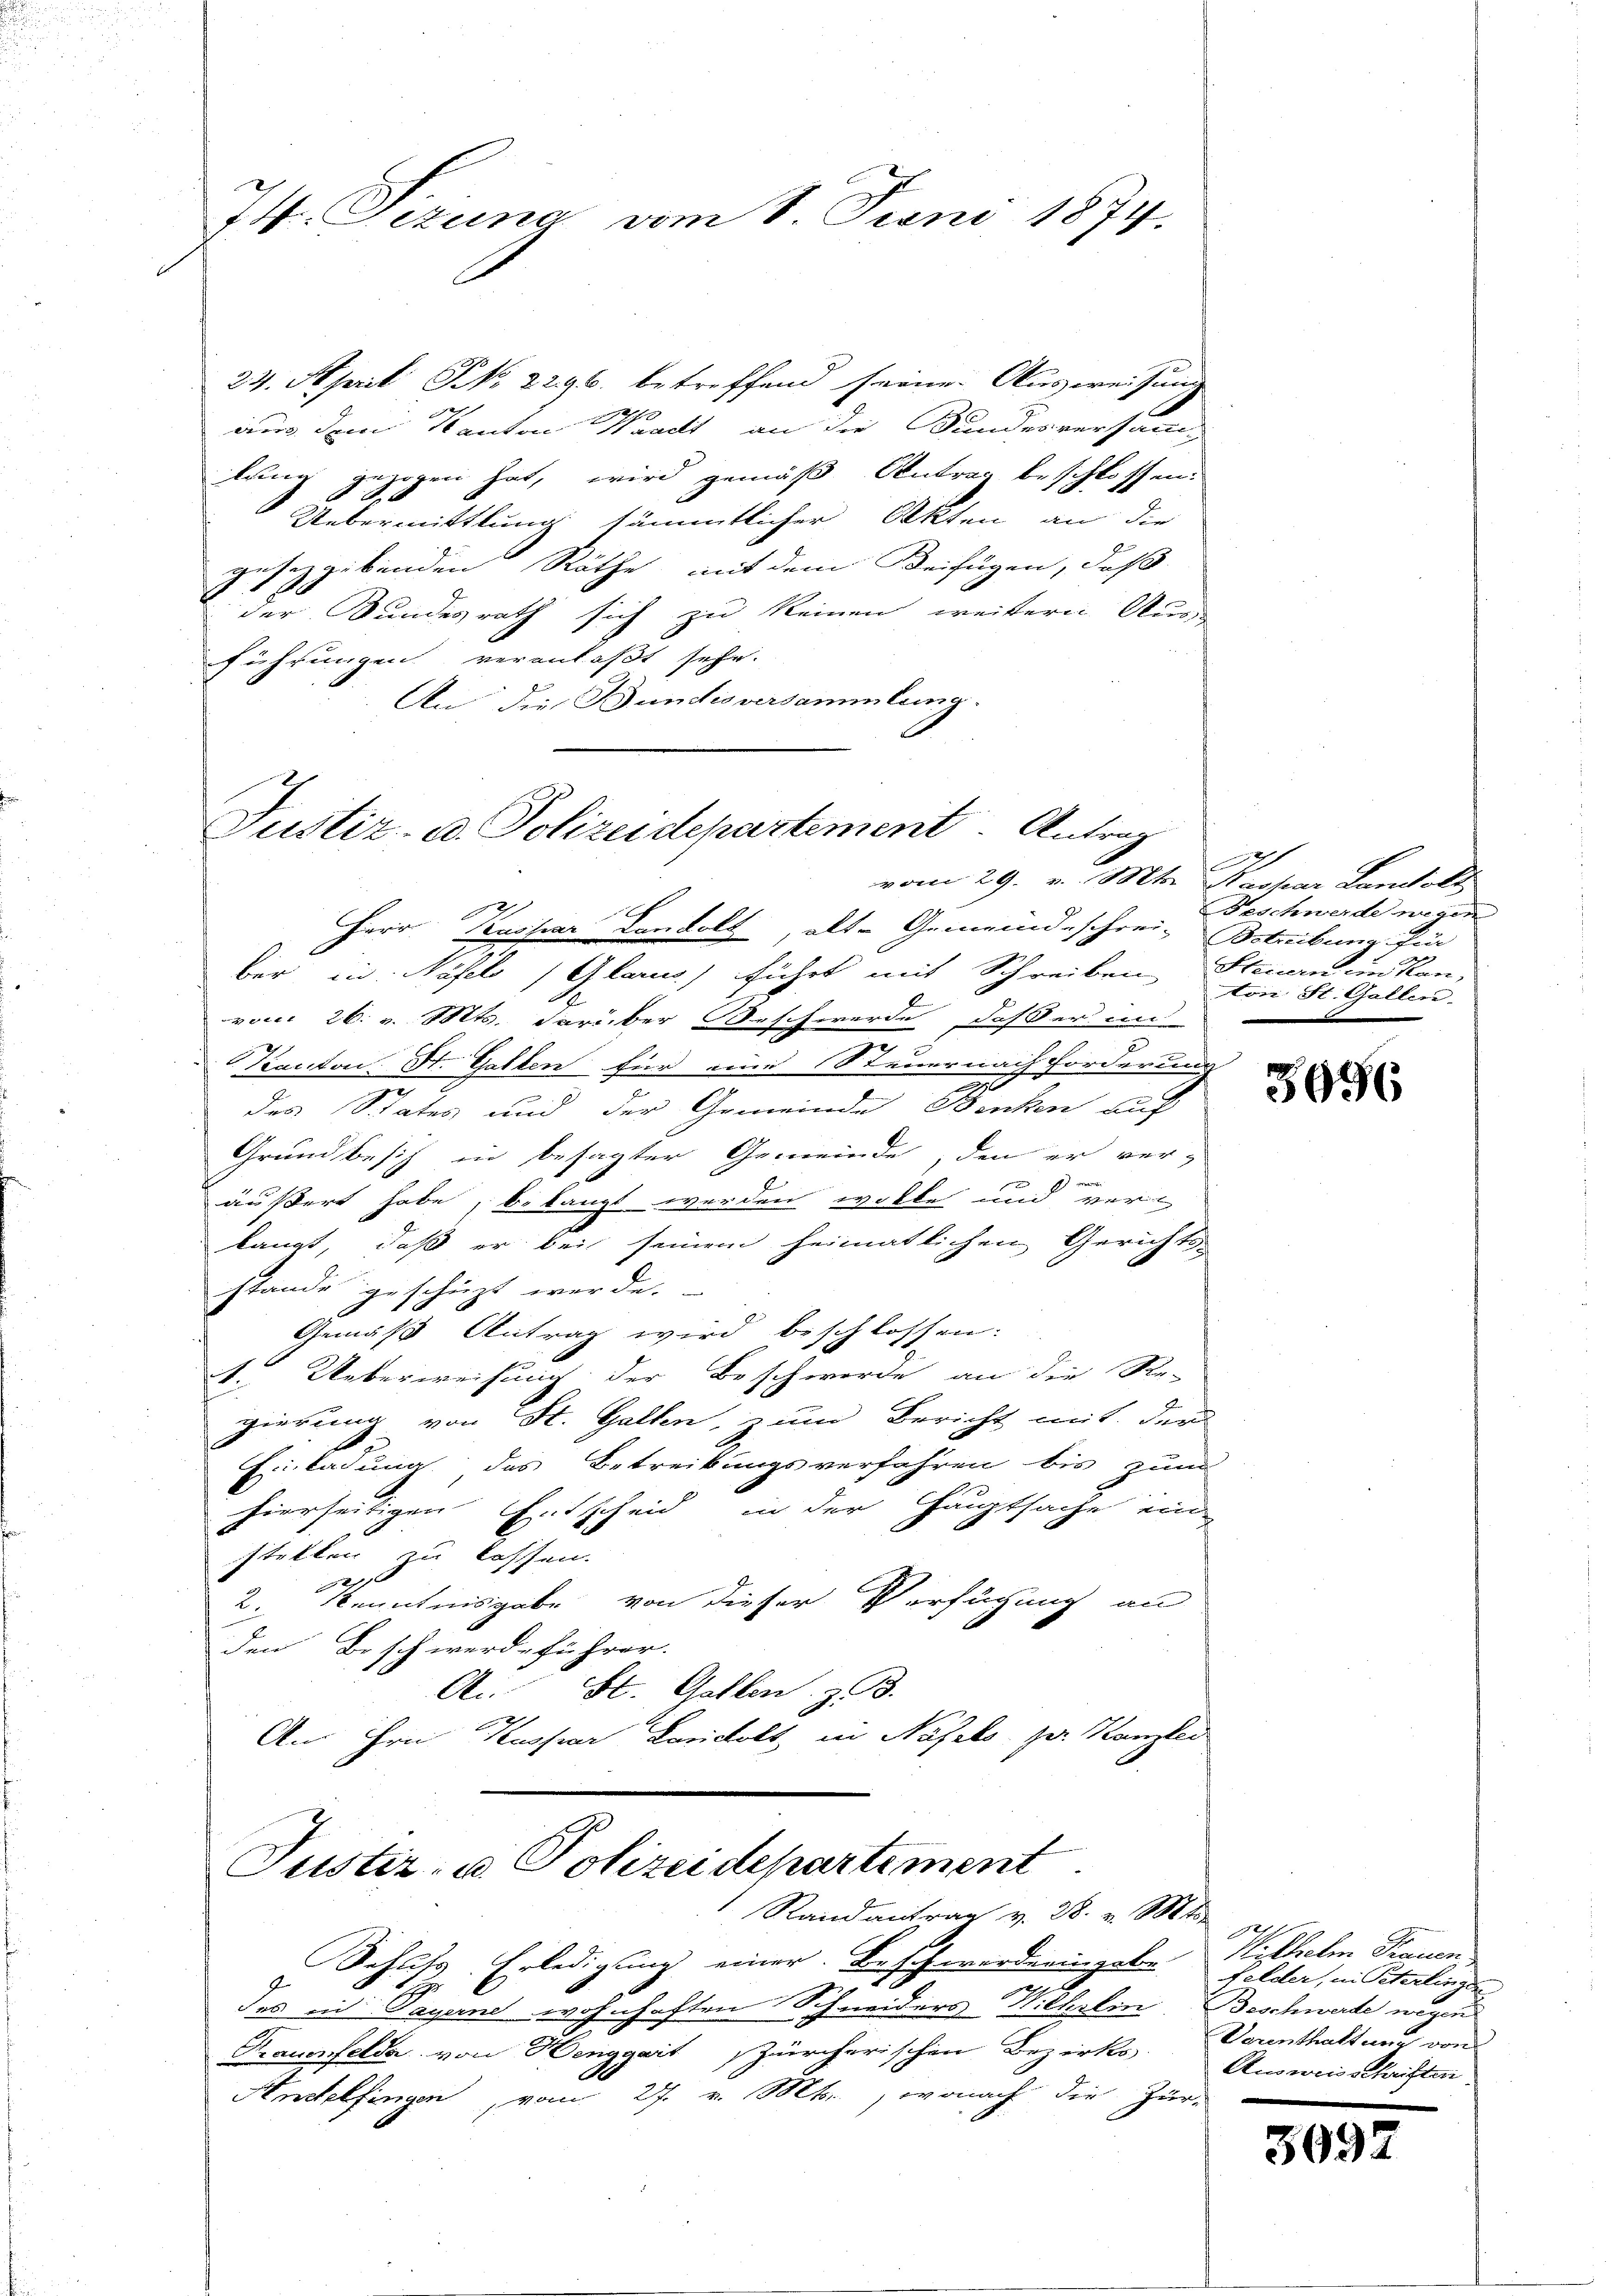
7. Gezuna vom 1. Juni 1874.

24. April NNo. 2296 betreffend seine Ausweisung
Rache
e
aus dem Kanton Waadt an die Bundesversamm
lung gezogen hat, wird gemäß Antrag beschlossen.
Uebermittlung sämmtlicher Akten an die
geseggebenden Räthe mit dem Beifügen, daß
der Bundesrath sich zu keinen weitern Aus-
führungen veranlaßt sehr.
An die Bundesversammlung.

Justiz- u. Polizeidepartement. Antrag
vom 29. v. Mts. Kaspar Landold

2
Herr Kaspar Condolt, alt-Gemeindeschrei- Bstrebung für
ber in Näfels (Glarus, führt mit Schreiben Steuern in Kan-
vom 26. v. Mts. darüber Beschwerde dasser un
x
e
Forderung
Kanton. St. Gallen für eine Steuerna
e
des States und der Gemeinde Benken auf
Grundbesitz in besagter Gemeinde, den er ver-
e
d
E
äußert habe, belangt werden wolle und verlangt, daß er bei seinem heimatlichen Gerichts-
stande geschiezt werde.
Gemäß Antrag wird beschlossen:
. Ueberweisung der Beschwerde an die Re-
gierung von St. Gallen, zum Bericht mit der
Einladung des Betreibungsverfahren bis zum
hierseitigen Entscheid in der Hauptsache ein
stellen zu lassen.

2. Kenntnisgabe von dieser Verfügung an
den Beschwerdeführer.
An St. Gallen z. B.
An Hrn. Kaspar Lanictolt in Näfels zur Kanzlei

Justiz- u. Polizeidepartiment.
Randantrag v. 28. v. Mt

Behufs Erledigung einer. Beschwerde eingabe
H
des in Tagend wohnhaften Schneiders Wilhelin.
Trauenfelda von Henggart Zürcherischen Bezirks-
Andelfingen, vom 27. v. Mts., wonach die Zür

Beschwerde wegen
von St. Gallen.

5996

A
Wilhelm Frauen
felder, in Peterlingen
Beschwerde wegen
Verenthaltung von
Ausweisschriften

309.